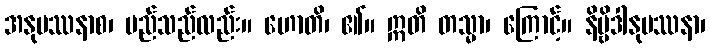
အနုပဿနာစ၊ မည်သည်လည်း။ ဟောတိ၊ ၏။ ဣတိ တသ္မာ၊ ကြောင့်။ နိဗ္ဗိဒါနုပဿနာ၊